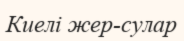
Киелі жер-сулар